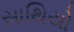
સાથિયો